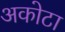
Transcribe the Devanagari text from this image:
अकोटा